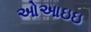
ઓઆઇઇ